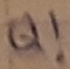
Text: Q!